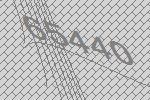
65440